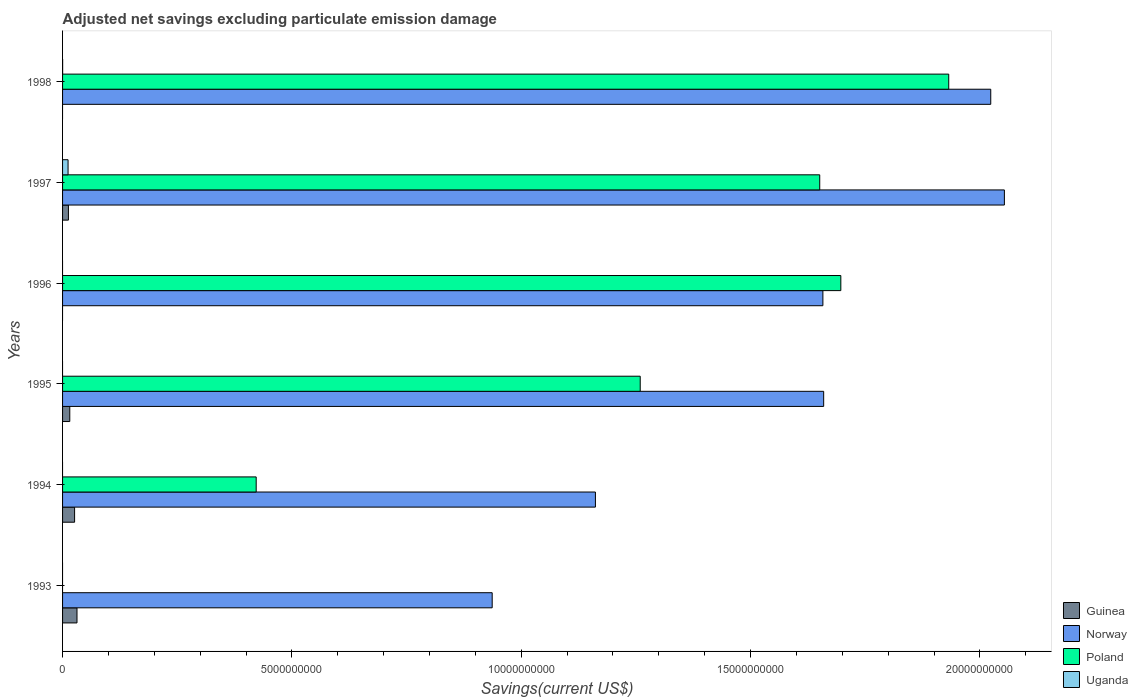
| Years | Guinea | Norway | Poland | Uganda |
 | --- | --- | --- | --- | --- |
 | 1993 | 3.15e+08 | 9.37e+09 | -1.04e+10 | -3.33e+08 |
 | 1994 | 2.62e+08 | 1.16e+10 | 4.22e+09 | -2.09e+08 |
 | 1995 | 1.57e+08 | 1.66e+10 | 1.26e+10 | -4.71e+08 |
 | 1996 | -1.75e+07 | 1.66e+10 | 1.7e+10 | -7.53e+07 |
 | 1997 | 1.28e+08 | 2.05e+10 | 1.65e+10 | 1.2e+08 |
 | 1998 | -3.03e+07 | 2.02e+10 | 1.93e+10 | 1.28e+06 |